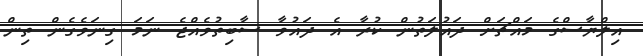
އިލްޔާސްގެ މައްޗަށް ދައުލަތުން ކުރާ އެ ދައުވާ ސާބިތުވެއްޖެ ނަމަ ގިނަވެގެން ތިން